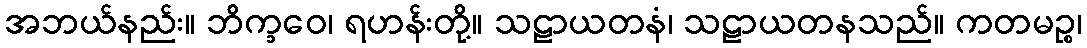
အဘယ်နည်း။ ဘိက္ခဝေ၊ ရဟန်းတို့။ သဠာယတနံ၊ သဠာယတနသည်။ ကတမဉ္စ၊